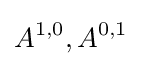
A^{1,0},A^{0,1}